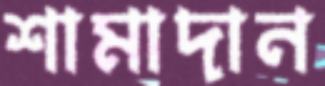
শামাদান